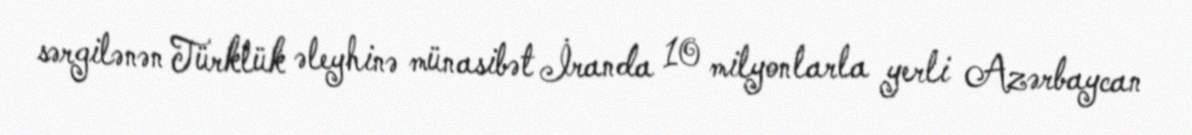
sərgilənən Türklük əleyhinə münasibət İranda 10 milyonlarla yerli Azərbaycan